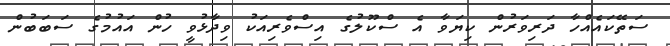
ސަތޭކައެއްހާ ދަރިވަރުން ކިޔަވާ އެ ސްކޫލުގެ އިސްވެރިއަކު ވިދާޅުވީ ހުން އައުމުގެ ސަބަބުން